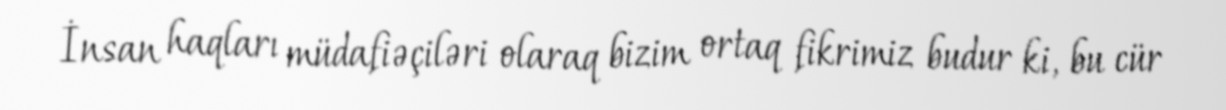
İnsan haqları müdafiəçiləri olaraq bizim ortaq fikrimiz budur ki, bu cür